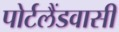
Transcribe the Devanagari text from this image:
पोर्टलैंडवासी